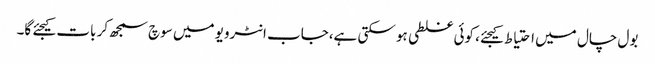
بول چال میں احتیاط کیجئے، کوئی غلطی ہو سکتی ہے،جاب انٹرویو میں سوچ سمجھ کر بات کیجئے گا۔